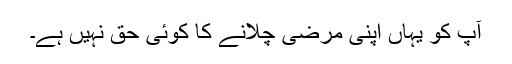
آپ کو یہاں اپنی مرضی چلانے کا کوئی حق نہیں ہے۔